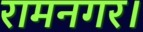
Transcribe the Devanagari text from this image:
रामनगर।